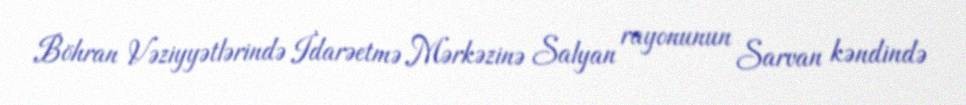
Böhran Vəziyyətlərində İdarəetmə Mərkəzinə Salyan rayonunun Sarvan kəndində